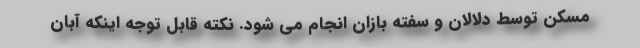
مسکن توسط دلالان و سفته بازان انجام می شود. نکته قابل توجه اینکه آبان